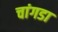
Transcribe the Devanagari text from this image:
चांगडा